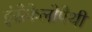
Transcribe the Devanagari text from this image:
इंसेफैलोपैथी